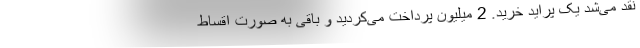
نقد می‌شد یک پراید خرید. 2 میلیون پرداخت می‌کردید و باقی به صورت اقساط